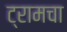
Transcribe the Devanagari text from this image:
ट्रामचा